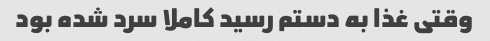
وقتی غذا به دستم رسید کاملا سرد شده بود